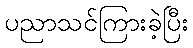
ပညာသင်ကြားခဲ့ပြီး